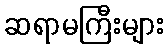
ဆရာမကြီးများ